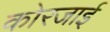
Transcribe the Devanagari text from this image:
कोरजाई